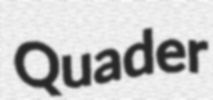
Quader